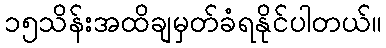
၁၅သိန်းအထိချမှတ်ခံရနိုင်ပါတယ်။